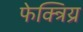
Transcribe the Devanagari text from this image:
फेक्त्रिय्र